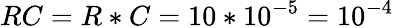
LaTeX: RC=R*C=10*10^{-5}=10^{-4}